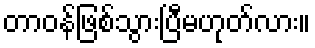
တာဝန်ဖြစ်သွားပြီမဟုတ်လား။